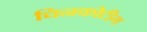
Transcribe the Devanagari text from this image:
चिनकोटीग